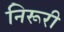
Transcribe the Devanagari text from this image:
निरूरी